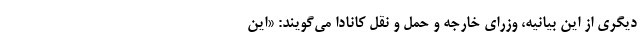
دیگری از این بیانیه، وزرای خارجه و حمل و نقل کانادا می‌گویند: «این